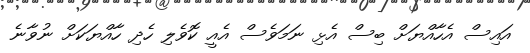
އައިސް އެހާއްޔަށް ބިސް އެޅި ނަމަވެސް އެއީ ކޮވެލި ހެދި ހާއްޔަކަށް ނުވާނެ